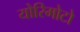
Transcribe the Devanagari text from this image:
योरिमोटो